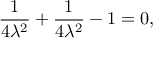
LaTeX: { \frac { 1 } { 4 \lambda ^ { 2 } } } + { \frac { 1 } { 4 \lambda ^ { 2 } } } - 1 = 0 ,